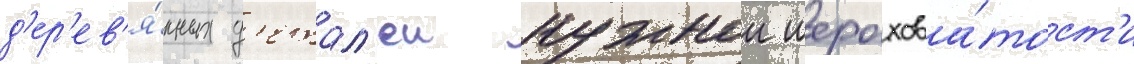
д'ер'ев'я́нных д'етал'еи нужнои шерохова́тост'и